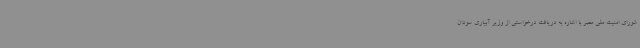
شورای امنیت ملی مصر با اشاره به دریافت درخواستی از وزیر آبیاری سودان